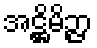
အဋ္ဌိမိဉ္ဇာ